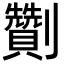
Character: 劗